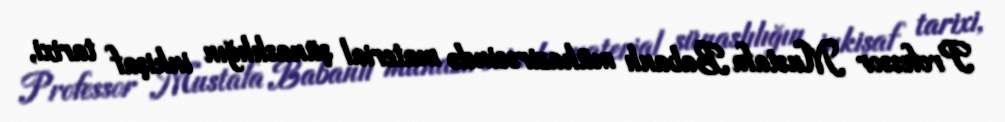
Professor Mustafa Babanlı mühazirəsində material şünaslılığın inkişaf tarixi,